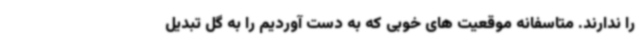
را ندارند. متاسفانه موقعیت های خوبی که به دست آوردیم را به گل تبدیل